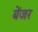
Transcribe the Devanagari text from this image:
बेंजर